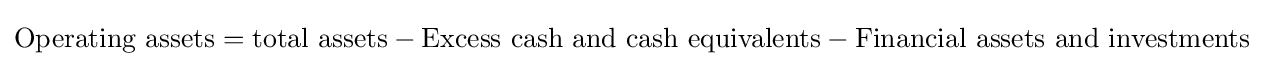
{\mbox{Operating assets}}={\mbox{total assets}}-{\mbox{Excess cash and cash equivalents}}-{\mbox{Financial assets and investments}}